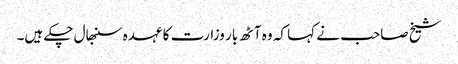
شیخ صاحب نے کہا کہ وہ آٹھ بار وزارت کا عہدہ سنبھال چکے ہیں۔